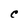
Character: C